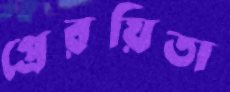
প্রেরয়িতা